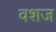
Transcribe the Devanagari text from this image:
वशज